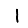
Digit: 1